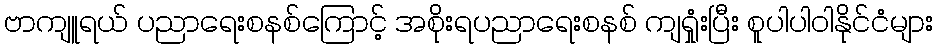
ဗာကျူရယ် ပညာရေးစနစ်ကြောင့် အစိုးရပညာရေးစနစ် ကျရှုံးပြီး စူပါပါဝါနိုင်ငံများ